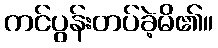
ကင်ပွန်းတပ်ခဲ့မိ၏။